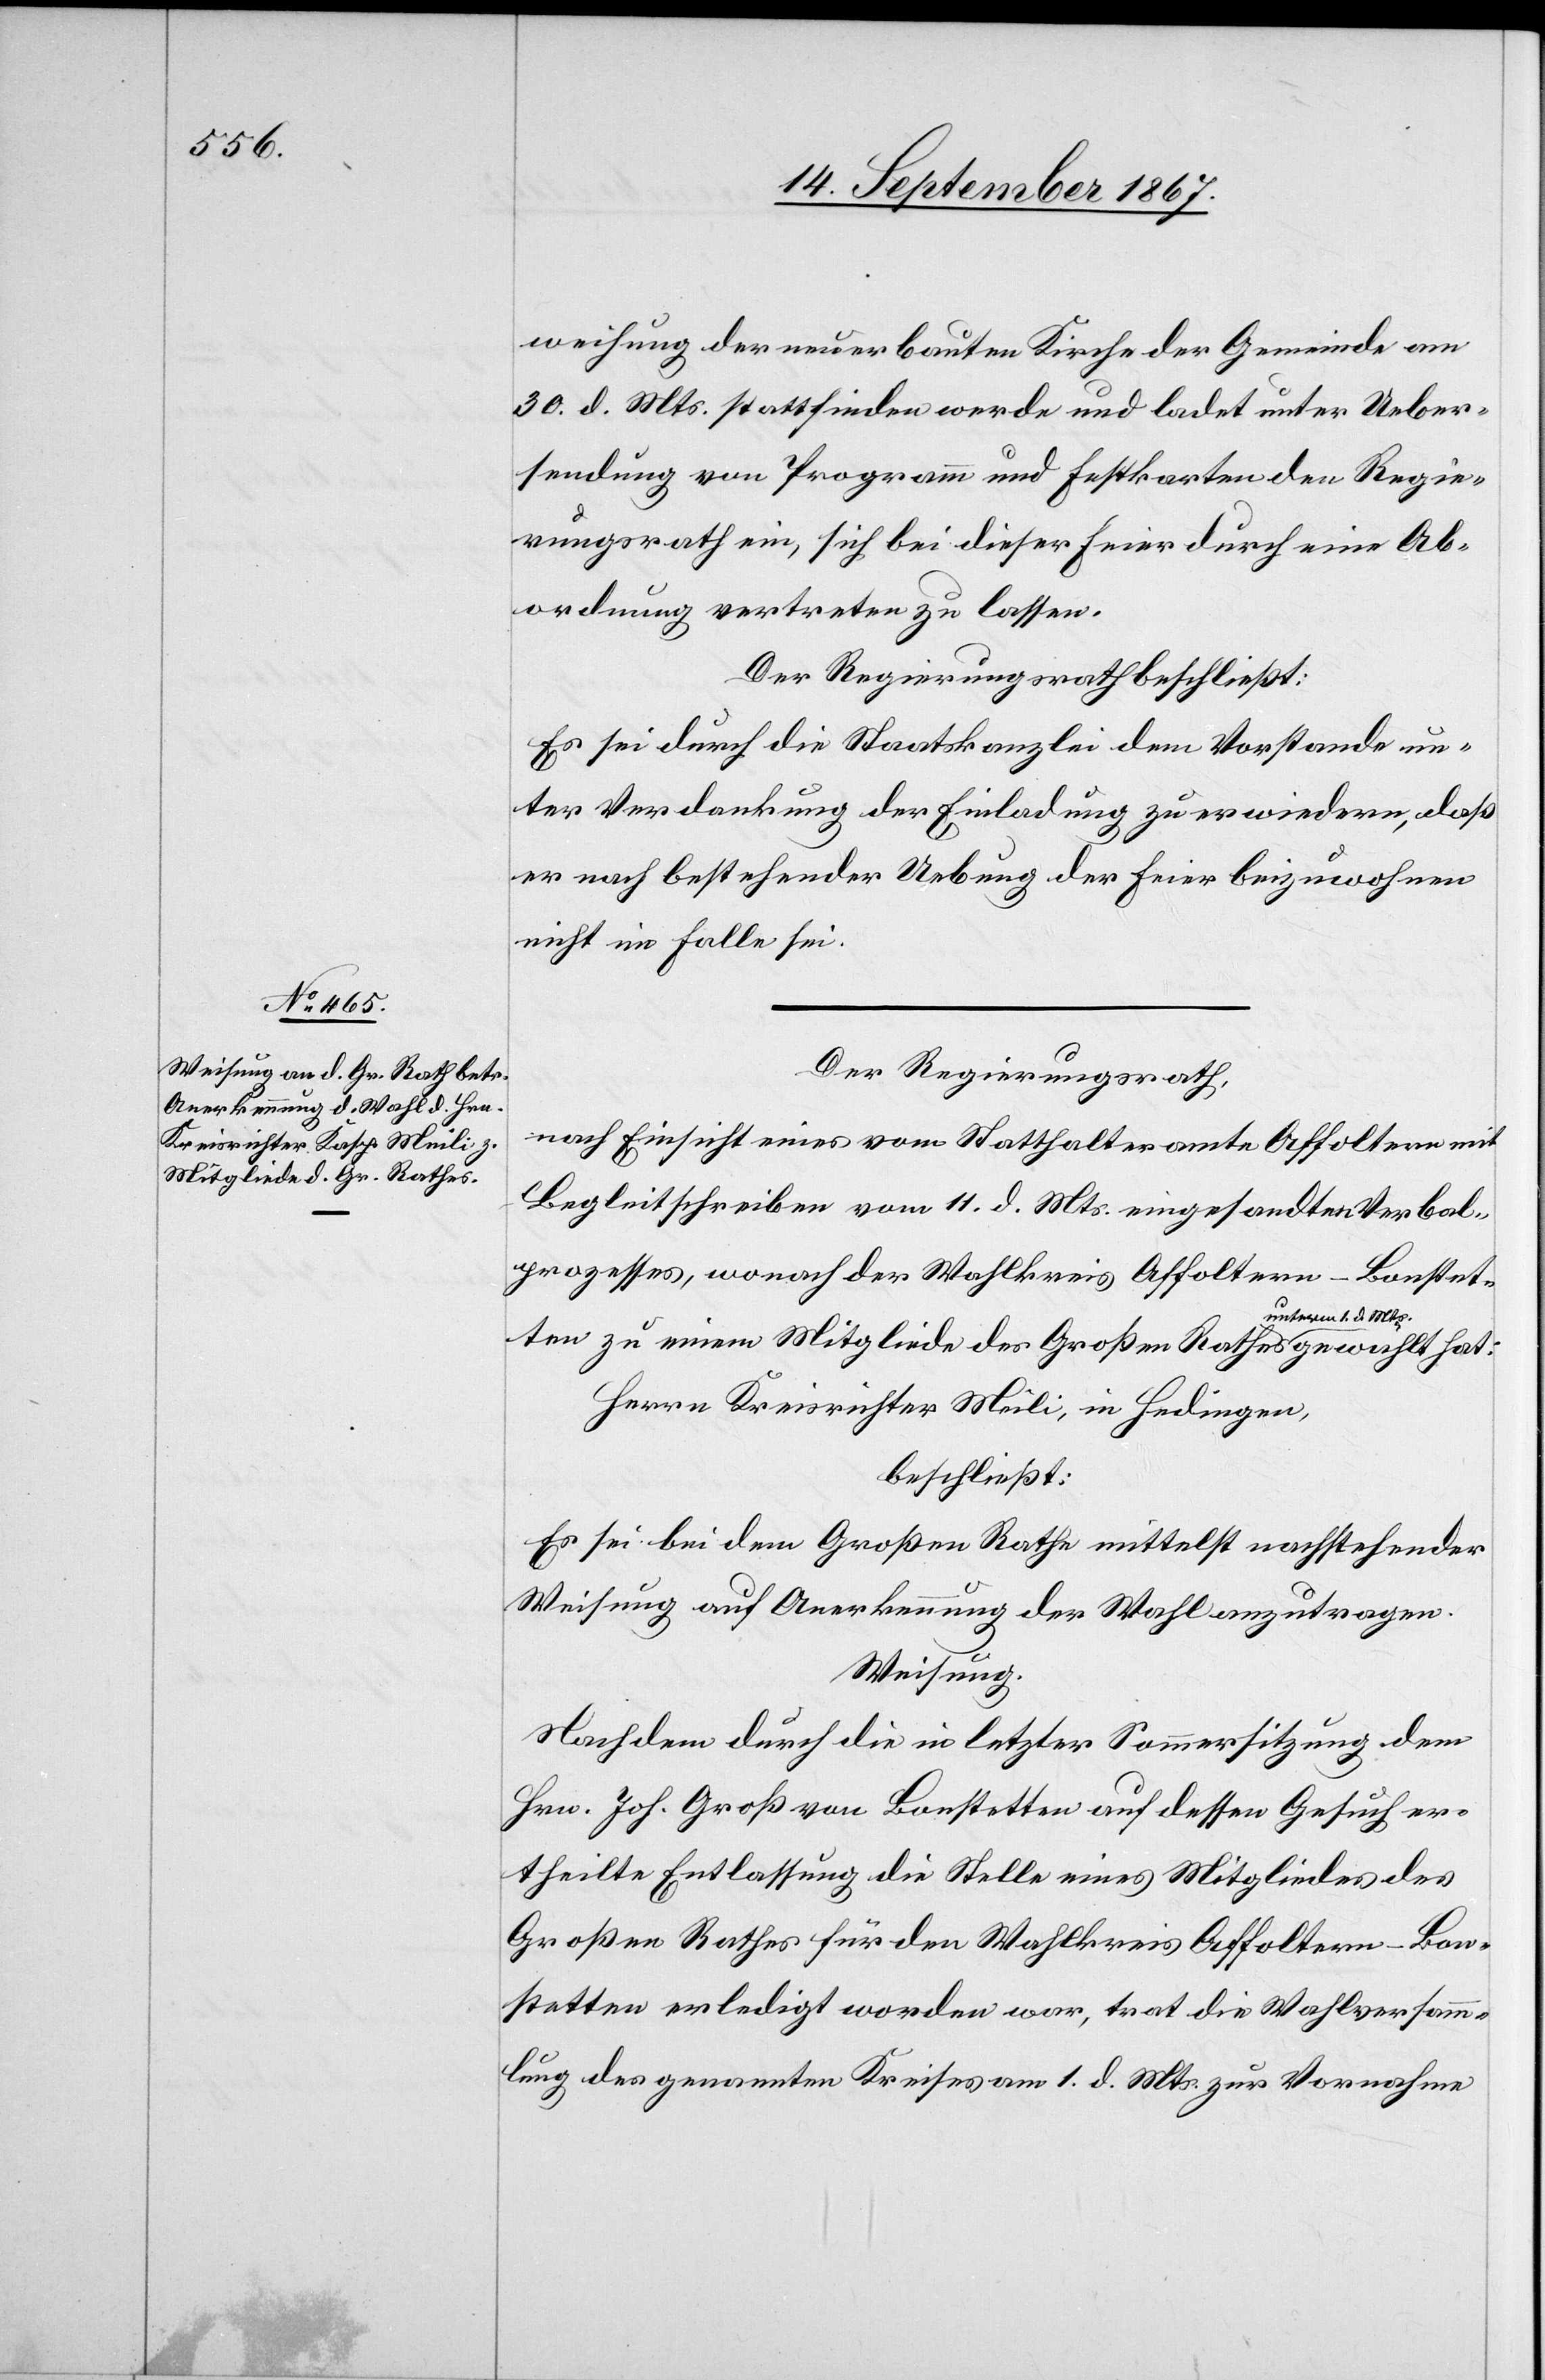
weihung der neuerbauten Kirche der Gemeinde am
30. d. Mts. stattfinden werde und ladet unter Ueber¬
sendung von Programm und Festkarten den Regie¬
rungsrath ein, sich bei dieser Feier durch eine Ab¬
ordnung vertreten zu lassen.
Der Regierungsrath beschließt:
Es sei durch die Staatskanzlei dem Vorstande un¬
ter Verdankung der Einladung zu erwiedern, daß
er nach bestehender Uebung der Feier beizuwohnen
nicht im Falle sei.
Der Regierungsrath,
nach Einsicht eines vom Statthalteramte Affoltern mit
Begleitschreiben vom 11. d. Mts. eingesandten Verbal¬
prozesses, wonach der Wahlkreis Affoltern-Bonstet¬
ten zu einem Mitgliede des Großen Rathes unterm 1.
Herrn Kreisrichter Meili, in Hedingen,
beschließt:
Es sei bei dem Großen Rathe mittelst nachstehender
Weisung auf Anerkennung der Wahl anzutragen.
Weisung.
Nachdem durch die in letzter Sommersitzung dem
Hrn. Joh. Groß von Bonstetten auf dessen Gesuch er¬
theilte Entlassung die Stelle eines Mitgliedes des
Großen Rathes für den Wahlkreis Affoltern-Bon¬
stetten erledigt worden war, trat die Wahlversamm¬
lung des genannten Kreises am 1. d. Mts. zur Vornahme